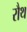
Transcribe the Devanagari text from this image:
रौथ